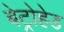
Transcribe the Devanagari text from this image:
बेट्रोहेड